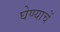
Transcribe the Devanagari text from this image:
घेण्याचें